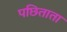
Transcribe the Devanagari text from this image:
पछिताता